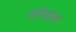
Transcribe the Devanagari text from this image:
संगाम